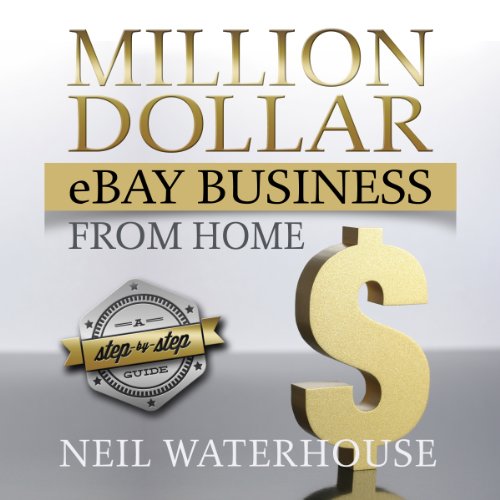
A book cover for Million Dollar eBay Business From: Home A Step By Step Guide; Neil Waterhouse; Business & Money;